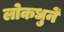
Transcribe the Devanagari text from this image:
लोकधुनें